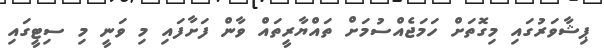
ޕިޝާވަރުގައި މިގޮތަށް ހަމަޖެއްސުމަށް ތައްޔާރީތައް ވާން ފަށާފައި މި ވަނީ މި ސިޓީގައި